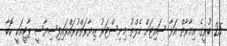
25 ބުރީގެ އިމާރާތް އަޅާ ސައިޓަށް ހެލްތު މިނިސްޓަރު ޒިޔާރަތްކުރައްވައިފިސިޔާސީ ޕާޓީއަކީ ކޮބާ